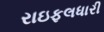
રાઇફલધારી